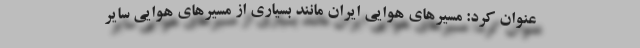
عنوان کرد: مسیرهای هوایی ایران مانند بسیاری از مسیرهای هوایی سایر